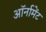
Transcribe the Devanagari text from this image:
ऑर्नामेंट